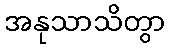
အနုသာသိတွာ